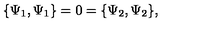
\{ \Psi _ { 1 } , \Psi _ { 1 } \} = 0 = \{ \Psi _ { 2 } , \Psi _ { 2 } \} ,